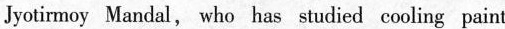
Jyotimoy Mandal, who has studied cooling paint